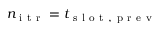
n _ { \mathrm { ~ i ~ t ~ r ~ } } = t _ { \mathrm { ~ s ~ l ~ o ~ t ~ , ~ p ~ r ~ e ~ v ~ } }